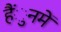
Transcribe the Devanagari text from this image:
हैंुनमें